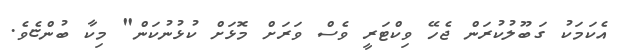
އެކަމަކު ގަބޫލުކުރަން ޖެހޭ ވިކްޓަރީ ވެސް ވަރަށް މޮޅަށް ކުޅުނުކަން" މިކާ ބުންޏެވެ.